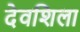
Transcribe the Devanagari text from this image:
देवशिला